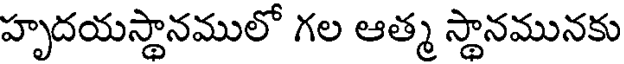
హృదయస్థానములో గల ఆత్మ స్థానమునకు